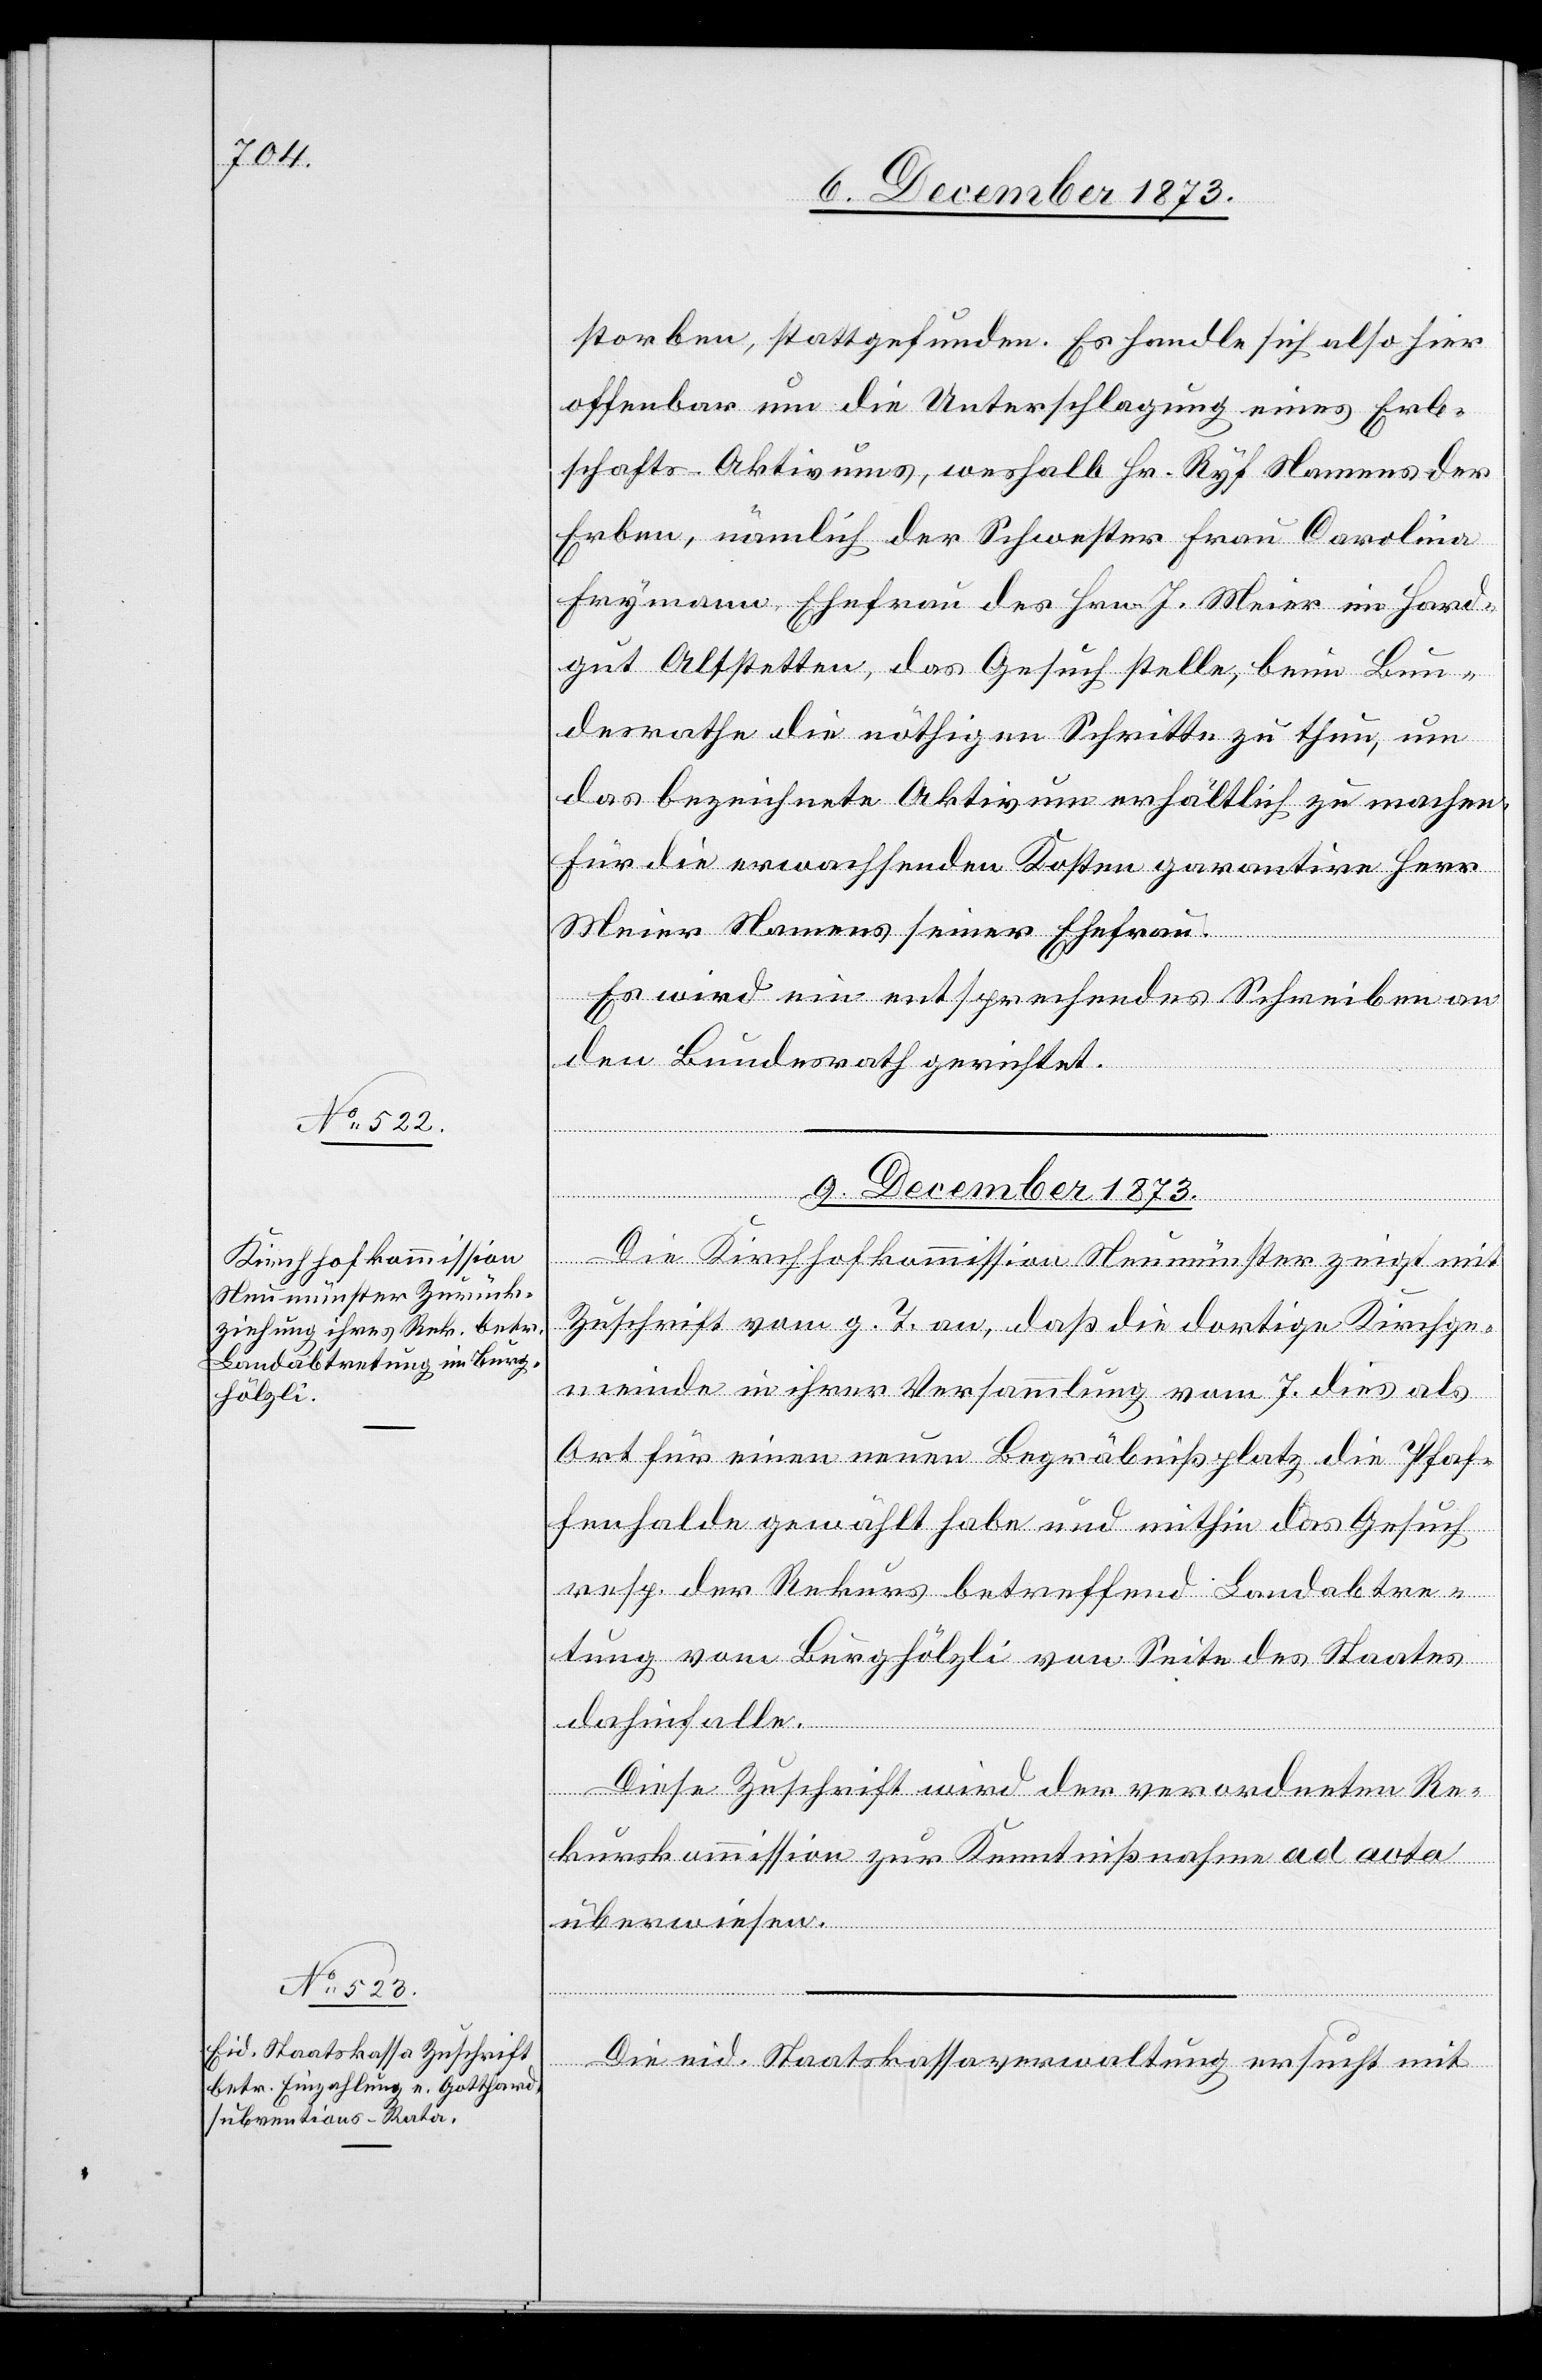
storben, stattgefunden. Es handle sich also hier
offenbar um die Unterschlagung eines Erb¬
schafts-Aktivums, weshalb Hr. Ryf Namens der
Erben, nämlich der Schwester Frau Carolina
Frymann, Ehefrau des Hrn. J. Meier im Hard¬
gut Altstetten, das Gesuch stelle, beim Bun¬
desrathe die nöthigen Schritte zu thun, um
das bezeichnete Aktivum erhältlich zu machen.
Für die erwachsenden Kosten garantire Herr
Meier Namens seiner Ehefrau.
Es wird ein entsprechendes Schreiben an
den Bundesrath gerichtet.
9. December 1873.]
Die Kirchhofkommission Neumünster zeigt mit
Zuschrift vom g. T. an, daß die dortige Kirchge¬
meinde in ihrer Versammlung vom 7. dies als
Ort für einen neuen Begräbnißplatz die Pfaf¬
fenhalde gewählt habe und mithin das Gesuch
resp. der Rekurs betreffend Landabtre¬
tung vom Burghölzli von Seite des Staates
dahinfalle.
Diese Zuschrift wird der verordneten Re¬
kurskommission zur Kenntnißnahme ad acta
überwiesen.
Die eid. Staatskassaverwaltung ersucht mit